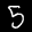
Label: 5